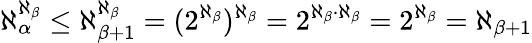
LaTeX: \aleph_{\alpha}^{\aleph_{\beta}}\leq\aleph_{\beta+1}^{\aleph_{\beta}}=(2^{\aleph_{\beta}})^{\aleph_{\beta}}=2^{\aleph_{\beta}\cdot\aleph_{\beta}}=2^{\aleph_{\beta}}=\aleph_{\beta+1}